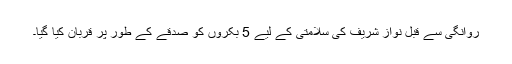
روانگی سے قبل نواز شریف کی سلامتی کے لیے 5 بکروں کو صدقے کے طور پر قربان کیا گیا۔